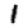
Digit: 1